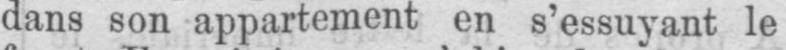
dans son appartement en s’essuyant le